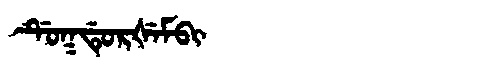
Manchu: ᡩᡠᡴᡩᡠᡵᡧᡝᠮᠪᡳ
Romanization: DUKDURŠEMBI